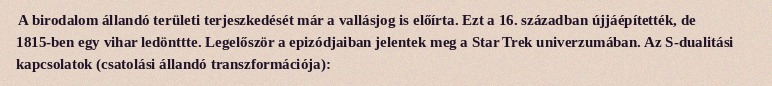
A birodalom állandó területi terjeszkedését már a vallásjog is előírta. Ezt a 16. században újjáépítették, de 1815-ben egy vihar ledönttte. Legelőször a epizódjaiban jelentek meg a Star Trek univerzumában. Az S-dualitási kapcsolatok (csatolási állandó transzformációja):